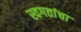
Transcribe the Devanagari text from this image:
स्वगतांचा